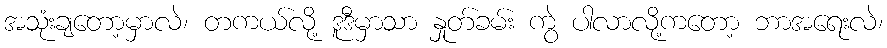
အသုံးချတော့မှာလဲ၊ တကယ်လို့ ဒူဒီမှာသာ နှုတ်ခမ်း ကွဲ ပါလာလို့ကတော့ ဘာအရေးလဲ၊